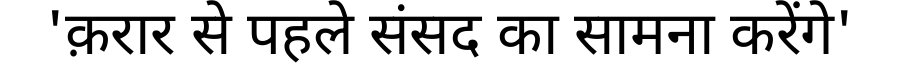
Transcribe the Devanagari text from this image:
'क़रार से पहले संसद का सामना करेंगे'